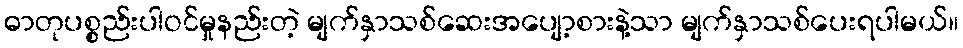
ဓာတုပစ္စည်းပါဝင်မှုနည်းတဲ့ မျက်နှာသစ်ဆေးအပျော့စားနဲ့သာ မျက်နှာသစ်ပေးရပါမယ်။